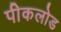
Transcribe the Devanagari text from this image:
पीकलोड